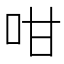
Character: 咁